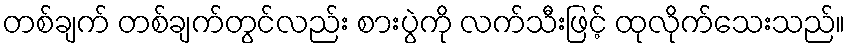
တစ်ချက် တစ်ချက်တွင်လည်း စားပွဲကို လက်သီးဖြင့် ထုလိုက်သေးသည်။